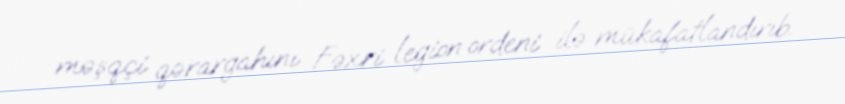
məşqçi qərargahını Fəxri legion ordeni ilə mükafatlandırıb.